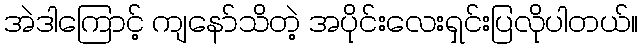
အဲဒါကြောင့် ကျနော်သိတဲ့ အပိုင်းလေးရှင်းပြလိုပါတယ်။